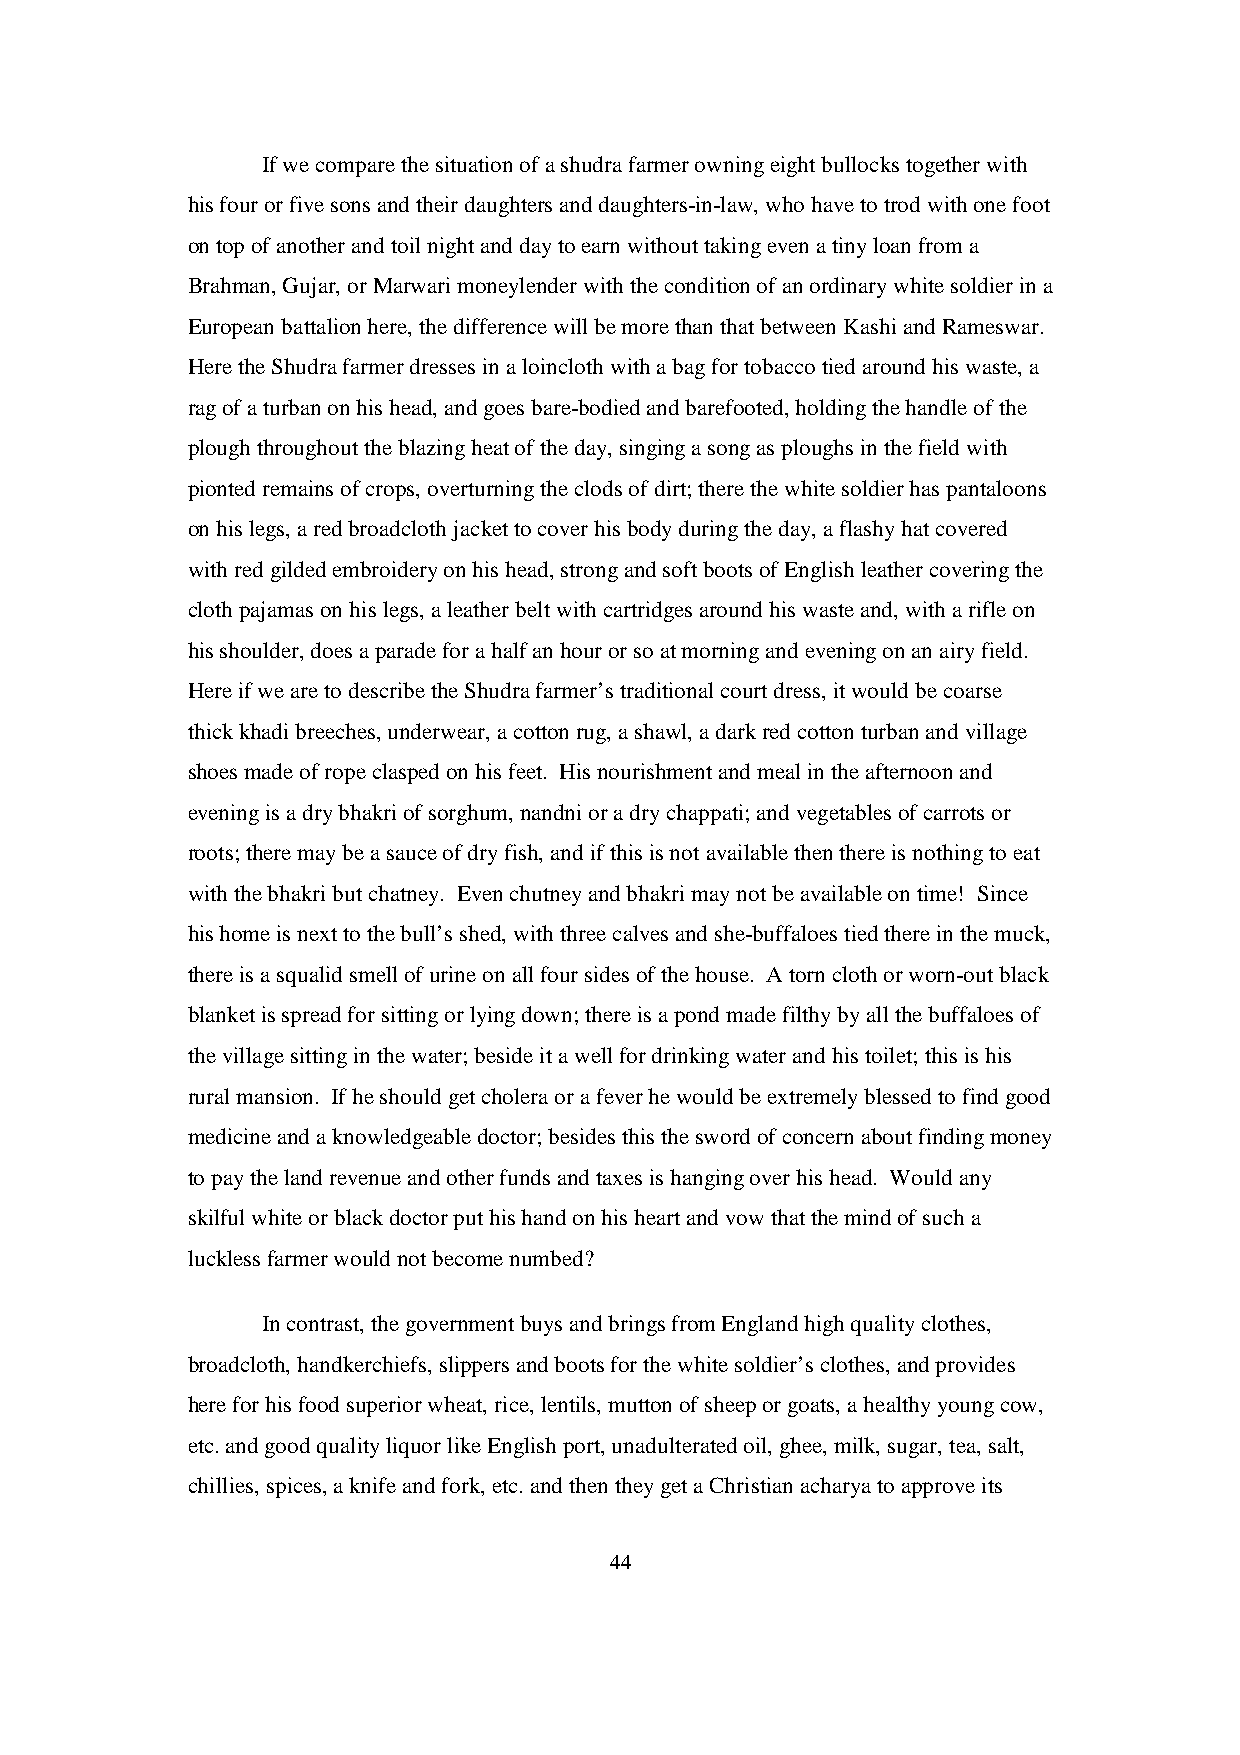
If we compare the situation of a shudra farmer owning eight bullocks together with
 his four or five sons and their daughters and daughters-in-law, who have to trod with one foot
 on top of another and toil night and day to earn without taking even a tiny loan from a
 Brahman, Gujar, or Marwari moneylender with the condition of an ordinary white soldier in a
 European battalion here, the difference will be more than that between Kashi and Rameswar.
 Here the Shudra farmer dresses in a loincloth with a bag for tobacco tied around his waste, a
 rag of a turban on his head, and goes bare-bodied and barefooted, holding the handle of the
 plough throughout the blazing heat of the day, singing a song as ploughs in the field with
 pionted remains of crops, overturning the clods of dirt; there the white soldier has pantaloons
 on his legs, a red broadcloth jacket to cover his body during the day, a flashy hat covered
 with red gilded embroidery on his head, strong and soft boots of English leather covering the
 cloth pajamas on his legs, a leather belt with cartridges around his waste and, with a rifle on
 his shoulder, does a parade for a half an hour or so at morning and evening on an airy field.
 Here if we are to describe the Shudra farmer’s traditional court dress, it would be coarse
 thick khadi breeches, underwear, a cotton rug, a shawl, a dark red cotton turban and village
 shoes made of rope clasped on his feet. His nourishment and meal in the afternoon and
 evening is a dry bhakri of sorghum, nandni or a dry chappati; and vegetables of carrots or
 roots; there may be a sauce of dry fish, and if this is not available then there is nothing to eat
 with the bhakri but chatney. Even chutney and bhakri may not be available on time! Since
 his home is next to the bull’s shed, with three calves and she-buffaloes tied there in the muck,
 there is a squalid smell of urine on all four sides of the house. A torn cloth or worn-out black
 blanket is spread for sitting or lying down; there is a pond made filthy by all the buffaloes of
 the village sitting in the water; beside it a well for drinking water and his toilet; this is his
 rural mansion. If he should get cholera or a fever he would be extremely blessed to find good
 medicine and a knowledgeable doctor; besides this the sword of concern about finding money
 to pay the land revenue and other funds and taxes is hanging over his head. Would any
 skilful white or black doctor put his hand on his heart and vow that the mind of such a
 luckless farmer would not become numbed?
 In contrast, the government buys and brings from England high quality clothes,
 broadcloth, handkerchiefs, slippers and boots for the white soldier’s clothes, and provides
 here for his food superior wheat, rice, lentils, mutton of sheep or goats, a healthy young cow,
 etc. and good quality liquor like English port, unadulterated oil, ghee, milk, sugar, tea, salt,
 chillies, spices, a knife and fork, etc. and then they get a Christian acharya to approve its
 44